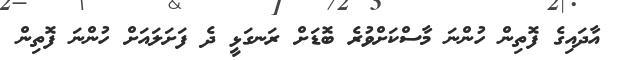
އާދައިގެ ފޮތިން ހުންނަ މާސްކަށްވުރެ ބޮޑަށް ރަނގަޅީ ދެ ފަށަލައަށް ހުންނަ ފޮތިން